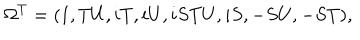
\Omega ^ { T } = ( 1 , T U , i T , i U , i S T U , i S , - S U , - S T ) ,